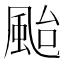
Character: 颱